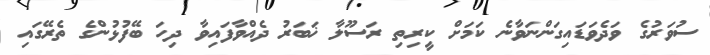
ސުވަރުގެ ވަދެވަޑައިގަންނަވާނެ ކަމަށް ކީރިތި ރަސޫލާ ޚަބަރު ދެއްވާފައިވާ ދިހަ ބޭފުޅުންގެ ތެރޭގައި